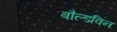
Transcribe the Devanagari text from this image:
बौल्डविन